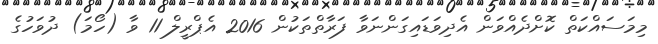
މިމަސައްކަތް ކޮށްދެއްވަން އެދިވަޑައިގަންނަވާ ފަރާތްތަކުން 2016 އެޕްރީލް 11 ވާ (ހޯމަ) ދުވަހުގެ